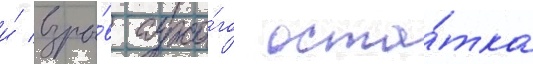
и́ взры́в сухо́го оста́тка